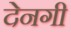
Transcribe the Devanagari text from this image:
देनगी